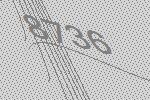
8736